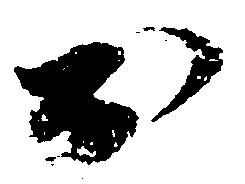
於